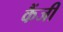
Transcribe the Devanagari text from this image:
कैंजी